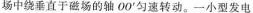
场中绕垂直于磁场的轴00^{'}匀速转动。一小型发电